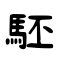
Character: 駓